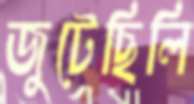
জুটেছিলি